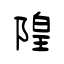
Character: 隍